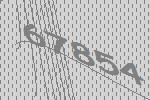
67854